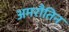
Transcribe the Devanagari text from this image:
अमरौतिन